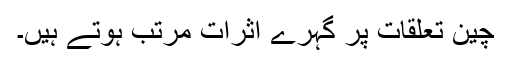
چین تعلقات پر گہرے اثرات مرتب ہوتے ہیں۔